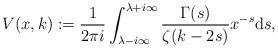
LaTeX: \begin{align*}V(x, k):= \frac{1}{2 \pi i } \int_{\lambda - i \infty}^{\lambda+i \infty} \frac{ \Gamma(s) }{\zeta(k-2s) } x^{-s} {\rm d}s,\end{align*}